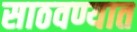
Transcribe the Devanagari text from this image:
साठवण्यात